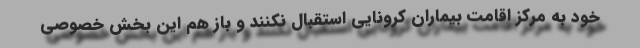
خود به مرکز اقامت بیماران کرونایی استقبال نکنند و باز هم این بخش خصوصی